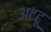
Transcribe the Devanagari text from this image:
अटटू